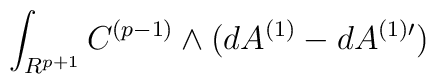
\int_{R^{p+1}}C^{(p-1)}\wedge (dA^{(1)}-dA^{(1)\prime})